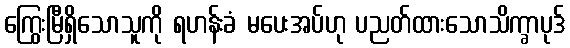
ကြွေးမြီရှိသောသူကို ရဟန်းခံ မပေးအပ်ဟု ပညတ်ထားသောသိက္ခာပုဒ်